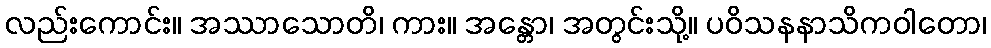
လည်းကောင်း။ အဿာသောတိ၊ ကား။ အန္တော၊ အတွင်းသို့။ ပဝိသနနာသိကဝါတော၊